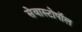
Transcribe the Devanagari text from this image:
सेवास्टोपॉल